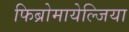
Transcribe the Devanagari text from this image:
फिब्रोमायेल्जिया